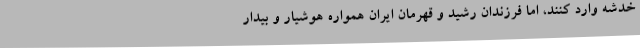
خدشه وارد کنند، اما فرزندان رشید و قهرمان ایران همواره هوشیار و بیدار